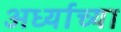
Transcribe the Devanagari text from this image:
अर्ध्याच्या